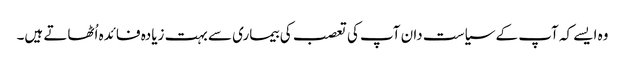
وہ ایسے کہ آپ کے سیاست دان آپ کی تعصب کی بیماری سے بہت زیادہ فائدہ اُٹھاتے ہیں۔